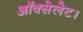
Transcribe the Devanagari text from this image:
ऑक्सेलेट।